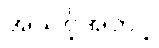
အသင့်အတင့်